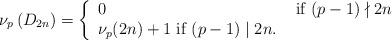
LaTeX: \begin{align*} \nu_p\left( D_{2n} \right) &= \left\{ \begin{array}{ll} 0 & \mbox{\ if\ } (p-1)\nmid 2n \\ \nu_p(2n) +1 \mbox{\ if\ } (p-1)\mid 2n.\end{array} \right. \end{align*}